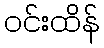
ဝင်းထိန်